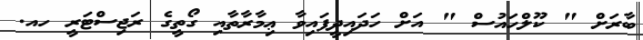
ބާރަށް " ކޫލްހައުސް " އަށް ހަދައިދީފައިވާ ޢިމާރާތާއި ގޯތީގެ ރަޖިސްޓަރީ ހއ.